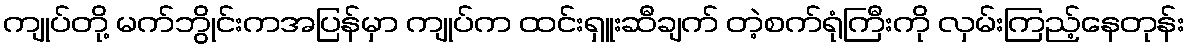
ကျုပ်တို့ မက်ဘွိုင်းကအပြန်မှာ ကျုပ်က ထင်းရှူးဆီချက် တဲ့စက်ရုံကြီးကို လှမ်းကြည့်နေတုန်း